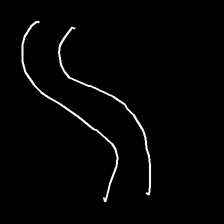
Glyph: float